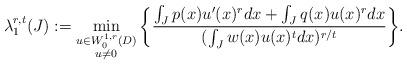
LaTeX: \begin{align*}\lambda_1^{r,t}(J):= \min_{\begin{subarray}{c}u\in W^{1,r}_0(D)\\ u\neq 0\end{subarray}}\bigg\{\frac{\int_{J} p(x)u'(x)^r dx+ \int_J q(x) u(x)^r dx}{(\int_{J}w(x)u(x)^t dx)^{{r}/{t}}}\bigg\}.\end{align*}